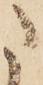
た